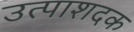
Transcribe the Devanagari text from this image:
उत्पाशदक